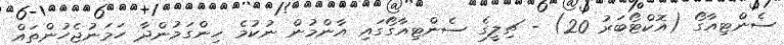
ސެންޓިއާގޯ (އޮކްޓޯބަރު 20) - ޗިލީގެ ސެންޓިއާގޯގައި އާންމުން ނުކުމެ ހިންގަމުންދާ ހަމަނުޖެހުންތައް